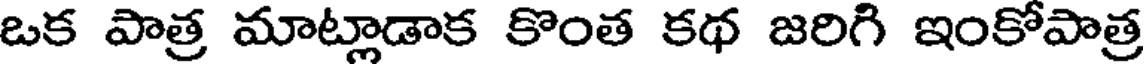
ఒక పాత్ర మాట్లాడాక కొంత కథ జరిగి ఇంకోపాత్ర